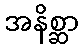
အနိစ္ဆာ